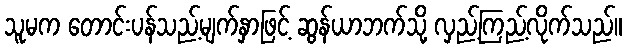
သူမက တောင်းပန်သည့်မျက်နှာဖြင့် ဆွန်ယာဘက်သို့ လှည့်ကြည့်လိုက်သည်။